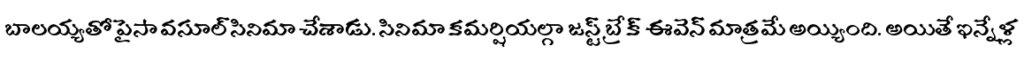
బాలయ్యతో పైసా వసూల్ సినిమా చేశాడు. సినిమా కమర్షియల్గా జస్ట్ బ్రేక్ ఈవెన్ మాత్రమే అయ్యింది. అయితే ఇన్నేళ్ల